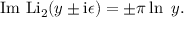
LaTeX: \mathrm { I m ~ L i _ { 2 } } ( y \pm \mathrm { i } \epsilon ) = \pm \pi \ln ~ y .